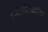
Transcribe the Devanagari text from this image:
सापेक्षतेसंबंधीचा